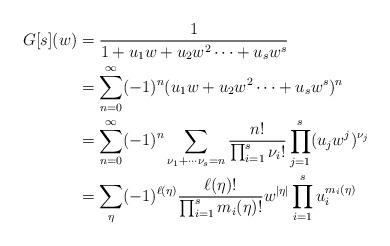
LaTeX: \begin{align*}G[s](w)&=\frac{1}{1+u_1w+u_2w^2\cdots +u_sw^s}\\&=\sum_{n=0}^\infty (-1)^{n} (u_1w+u_2w^2\cdots +u_sw^s)^n\\&=\sum_{n=0}^\infty (-1)^{n}\sum_{\nu_1+\cdots\nu_s=n} \frac{n!}{\prod_{i=1}^{s}\nu_{i}!}\prod_{j=1}^s (u_jw^j)^{\nu_j}\\&=\sum_{\eta} (-1)^{\ell( \eta )}\frac{\ell(\eta)!}{\prod_{i=1}^sm_i(\eta)!}w^{|\eta|}\prod_{i=1}^s u_i^{m_i(\eta)}\end{align*}